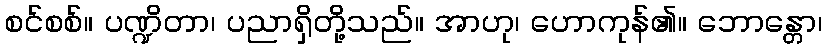
စင်စစ်။ ပဏ္ဍိတာ၊ ပညာရှိတို့သည်။ အာဟု၊ ဟောကုန်၏။ ဘောန္တော၊